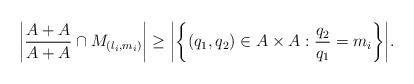
LaTeX: \begin{align*}\left|\frac{A+A}{A+A}\cap{M_{(l_i,m_i)}}\right|\geq{\left|\left\{(q_1,q_2)\in{A\times{A}}:\frac{q_2}{q_1}=m_i\right\}\right|}.\end{align*}